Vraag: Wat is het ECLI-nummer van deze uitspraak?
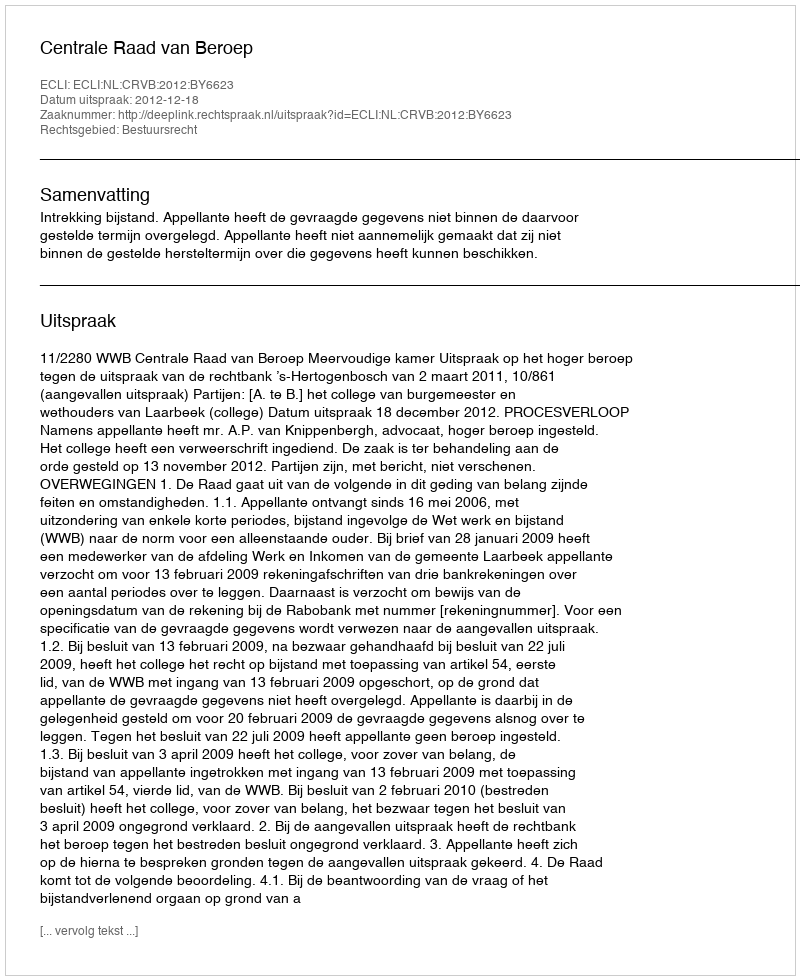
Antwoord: ECLI:NL:CRVB:2012:BY6623